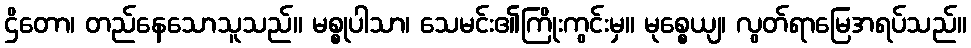
ဌိတော၊ တည်နေသောသူသည်။ မစ္စုပါသာ၊ သေမင်း၏ကြိုးကွင်းမှ။ မုစ္စေယျ၊ လွတ်ရာမြေအရပ်သည်။